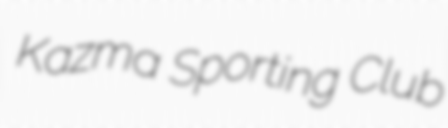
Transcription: Kazma Sporting Club